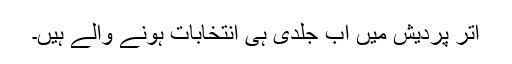
اتر پردیش میں اب جلدی ہی انتخابات ہونے والے ہیں۔